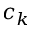
c _ { k }